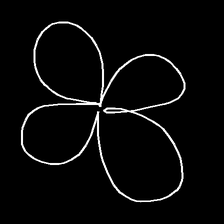
Glyph: billowing